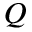
Q